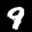
Label: 9